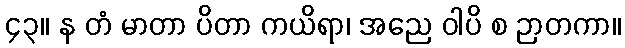
၄၃။ န တံ မာတာ ပိတာ ကယိရာ၊ အညေ ဝါပိ စ ဉာတကာ။